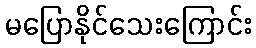
မပြောနိုင်သေးကြောင်း